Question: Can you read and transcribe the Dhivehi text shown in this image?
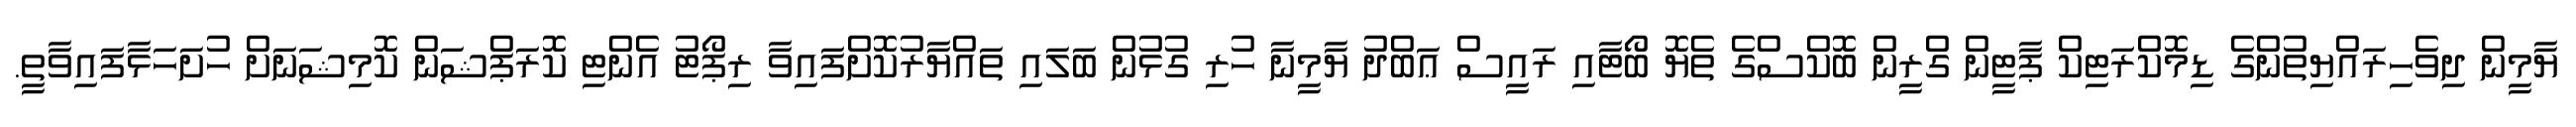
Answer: ޔާމީން ދިވެހިރައްޔިތުންގެ ޑިމޮކްރަޓިކް ޕާޓީން ގްރީން ބޮކްސްގެ ތެޔޮ ބޯޓާއި ރައީސް ޢަބްދު ޔާމީނާ ހުރި ގުޅުން ބަލައި ތައްޔާރުކޮށްފައިވާ ރިޕޯޓު އެންޓި ކޮރަޕްޝަން ކޮމިޝަނަށް ހުށަހަޅާފައިވާތީ.